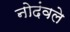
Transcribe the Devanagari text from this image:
नोदंवले